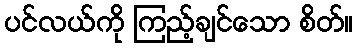
ပင်လယ်ကို ကြည့်ချင်သော စိတ်။